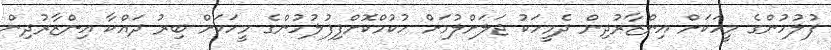
ފުލުުހުންގެ މީހަކަށް އިންޒާރުދިން ދެމީހަކު ޖަލަށްލުމަށް ހުކުމްކޮށްފިފުލުުހުންގެ މީހަކަށް ބިރު ދައްކާ އިންޒާރުދިން